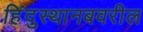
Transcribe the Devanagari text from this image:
हिंदुस्थानबवरील